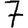
Digit: 7